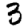
Digit: 3